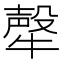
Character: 𤛗